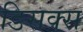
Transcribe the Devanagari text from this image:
डिसक्स